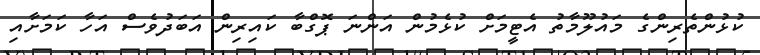
ކުޅުންތެރިންގެ މައުލޫމާތު އެޓީމަށް ކުޅެމުން އަންނަ ޕޮގްބާ ކައިރިން އަބަދުވެސް އަހާ ކަމަށާއި